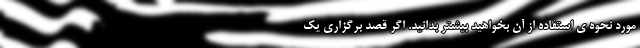
مورد نحوه ی استفاده از آن بخواهید بیشتر بدانید. اگر قصد برگزاری یک